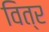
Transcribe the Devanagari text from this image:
वित्र